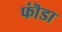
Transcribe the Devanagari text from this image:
फॊंडा